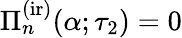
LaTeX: \Pi_{n}^{\mathrm{(ir)}}(\alpha;\tau_{2})=0